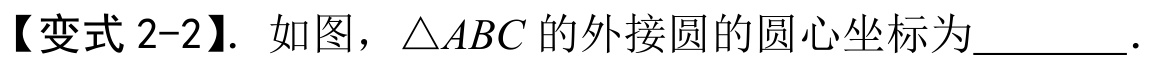
【变式 2-2】. 如图，\(\triangle ABC\)的外接圆的圆心坐标为________．